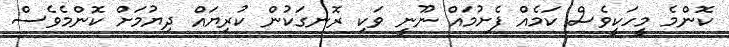
ކޮންމެ މީހަކީވެސް ކަމެއް ފެށުމައް ނޫނީ ވަކި ރޮނގަކުން ކުރިޔައް ދިޔުމަށް ކޮންމެވެސް